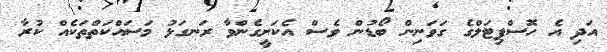
އަދި އެ ހޮސްޕިޓަލްގެ ގަވަނިން ބޯޑުން ވެސް އެކަށީގެންވާ ރަނގަޅު މަސައްކަތްތަކެއް ކުރާ